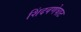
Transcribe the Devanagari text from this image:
शिंदवणेघाट